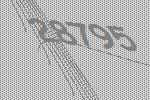
28795